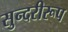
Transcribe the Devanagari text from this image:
सुन्दरीरूप